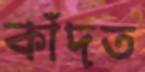
কাঁদত